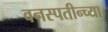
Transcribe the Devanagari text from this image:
वनस्पतीन्च्या